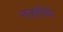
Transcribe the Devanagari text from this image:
नजारिये